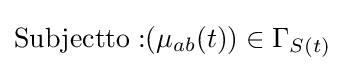
\mathrm {Subjectto:} (\mu _{ab}(t))\in \Gamma _{S(t)}